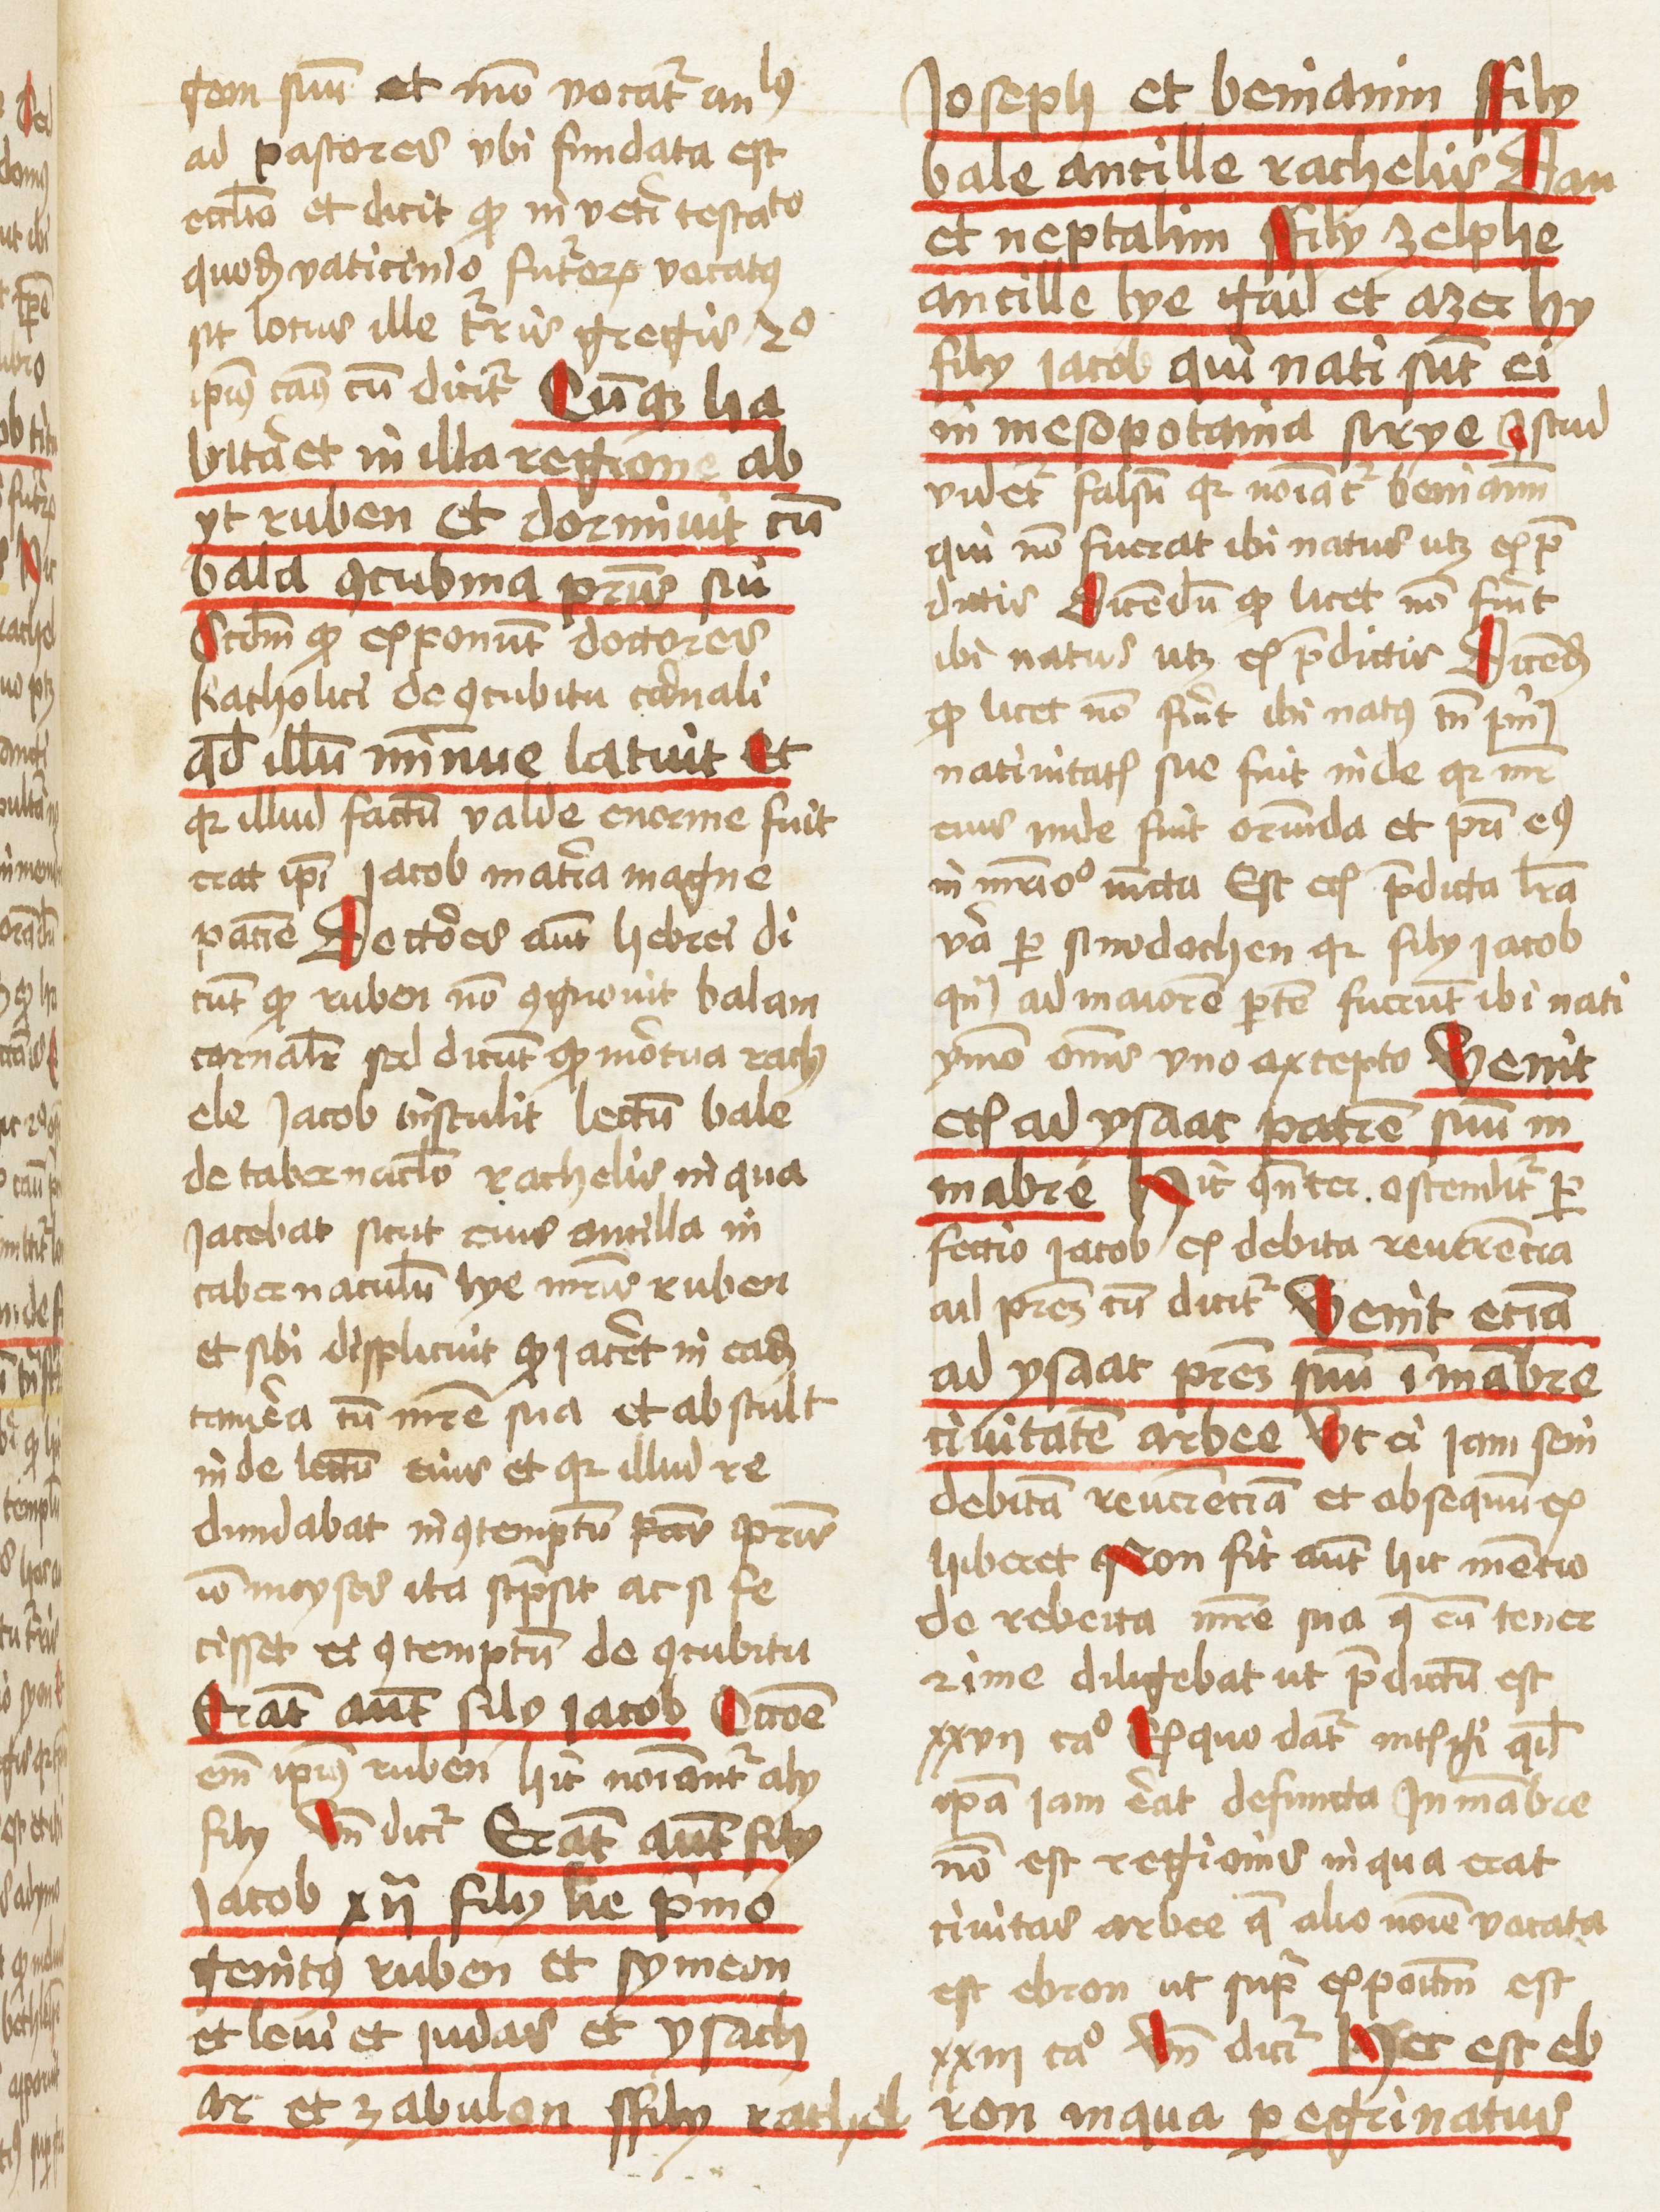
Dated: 1459–1461